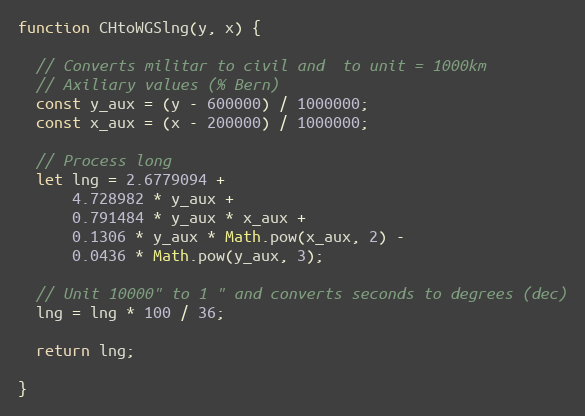
Language: JavaScript
function CHtoWGSlng(y, x) {

  // Converts militar to civil and  to unit = 1000km
  // Axiliary values (% Bern)
  const y_aux = (y - 600000) / 1000000;
  const x_aux = (x - 200000) / 1000000;

  // Process long
  let lng = 2.6779094 +
      4.728982 * y_aux +
      0.791484 * y_aux * x_aux +
      0.1306 * y_aux * Math.pow(x_aux, 2) -
      0.0436 * Math.pow(y_aux, 3);

  // Unit 10000" to 1 " and converts seconds to degrees (dec)
  lng = lng * 100 / 36;

  return lng;

}